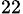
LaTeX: _{22}